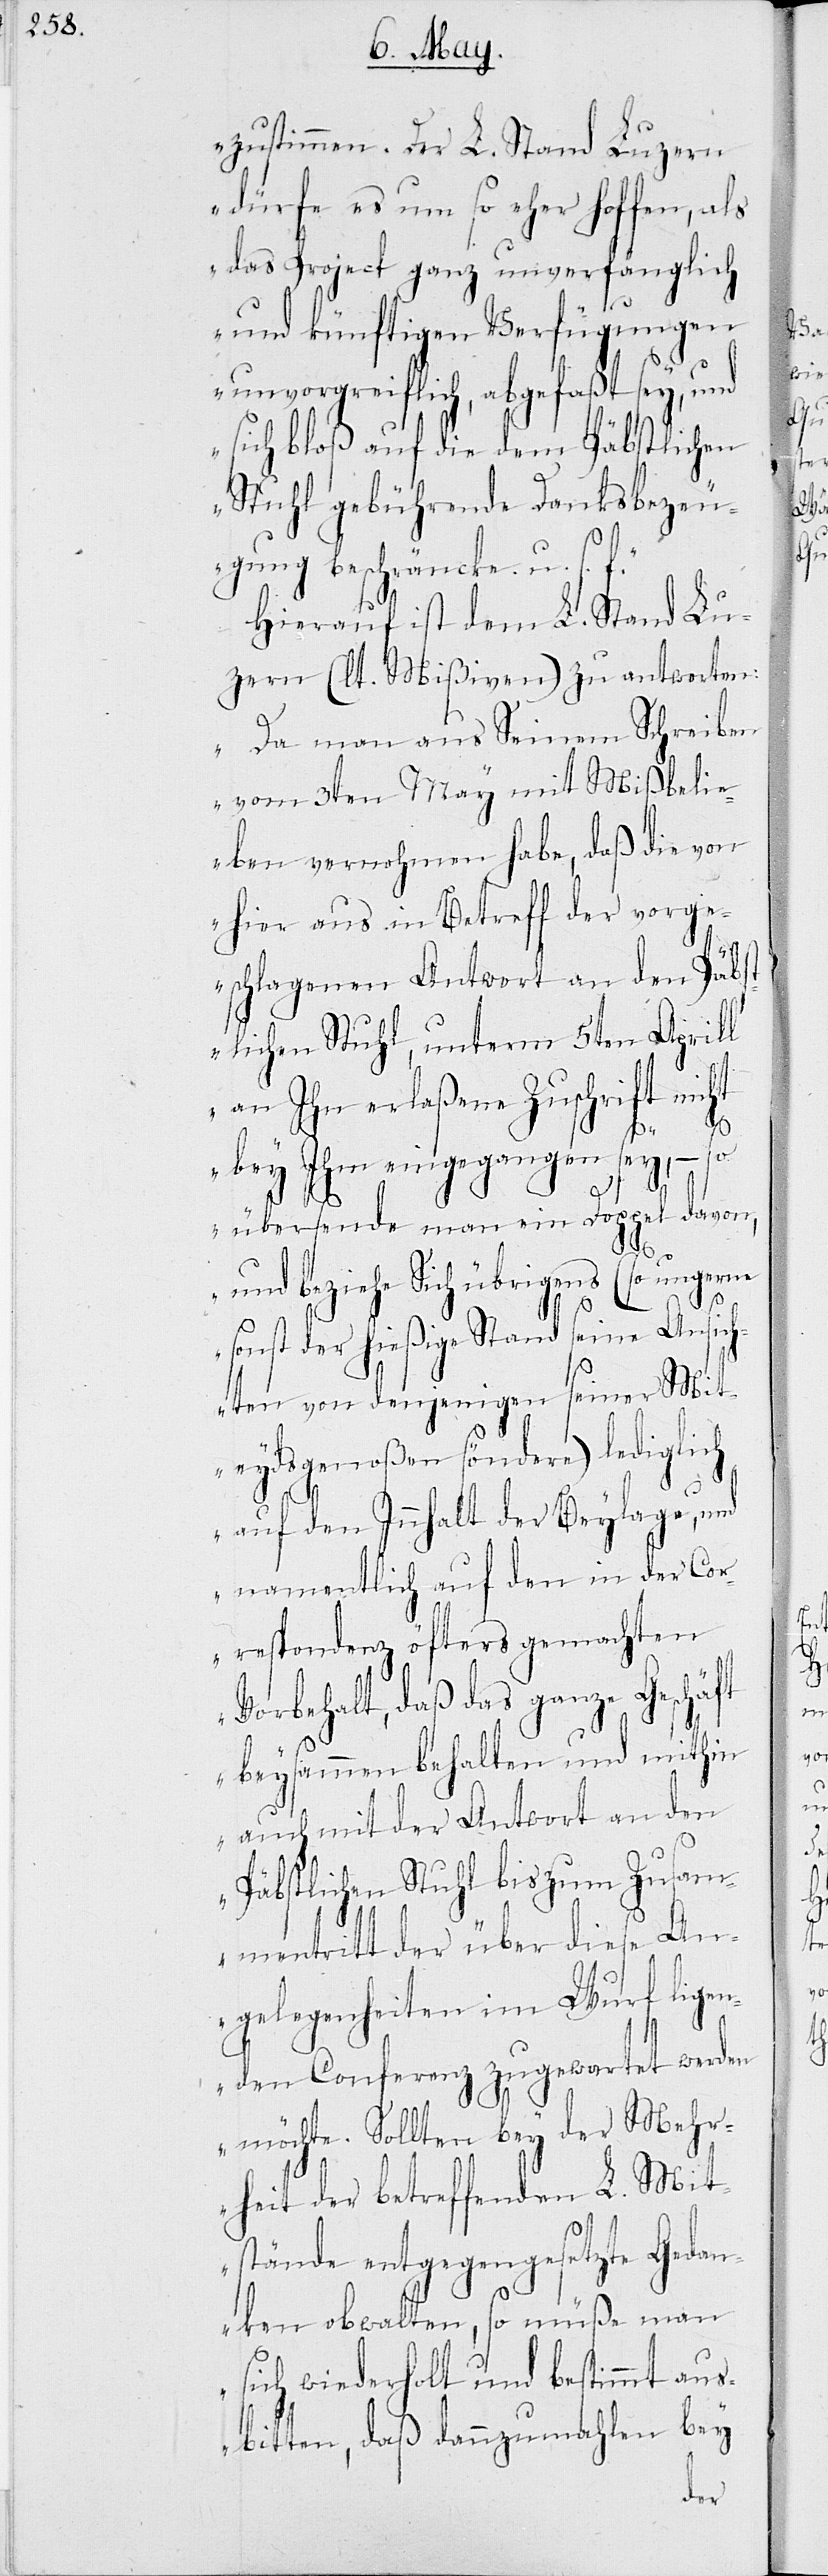
zustimmen. Der L. Stand Luzern
dürfe es um so eher hoffen, als
das Project ganz unverfänglich
und künftigen Verfügungen
unvorgreiflich, abgefaßt sey, und
sich bloß auf die dem Päbstlichen
Stuhl gebührende Danksbezeu¬
gung beschräncke. u.s.f.“
Hierauf ist dem L. Stand Lu¬
zern (lt. Mißiven) zu antworten:
„Da man aus Seinem Schreiben
vom 3ten May mit Mißbeli¬
eben vernohmen habe, daß die von
hier aus in Betreff der vorge¬
schlagenen Antwort an den Päbst¬
lichen Stuhl, unterm 5ten Aprill
an Ihn erlaßene Zuschrift nicht
bey Ihm eingegangen sey, – so
übersende man ein Doppel davon,
und beziehe sich übrigens (so ungerne
sonst der hießige Stand seine Ansich¬
ten von denjenigen seiner Mit¬
eydsgenoßen söndere) lediglich
auf den Innhalt der Beylage, und
namentlich auf den in der Cor¬
respondenz öfters gemachten
Vorbehalt, daß das ganze Geschäft
beysammen behalten und mithin
auch mit der Antwort an den
Päbstlichen Stuhl bis zum Zusam¬
mentritt der über diese An¬
gelegenheiten im Wurf ligen¬
den Conferenz zugewartet werden
möchte. Sollten bey der Mehr¬
heit der betreffenden L. Mit¬
stände entgegengesetzte Gedan¬
ken obwalten, so müße man
sich wiederholt und bestimmt aus¬
bitten, daß dannzumahlen bey